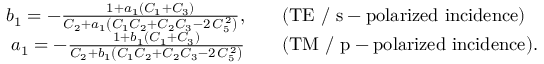
\begin{array} { r l } { b _ { 1 } = - \frac { 1 + a _ { 1 } \left( C _ { 1 } + C _ { 3 } \right) } { C _ { 2 } + a _ { 1 } \left( C _ { 1 } C _ { 2 } + C _ { 2 } C _ { 3 } - 2 \, C _ { 5 } ^ { \, 2 } \right) } , \quad } & { \mathrm { ( T E ~ / ~ s - p o l a r i z e d ~ i n c i d e n c e ) } } \\ { a _ { 1 } = - \frac { 1 + b _ { 1 } \left( C _ { 1 } + C _ { 3 } \right) } { C _ { 2 } + b _ { 1 } \left( C _ { 1 } C _ { 2 } + C _ { 2 } C _ { 3 } - 2 \, C _ { 5 } ^ { \, 2 } \right) } \quad } & { \mathrm { ( T M ~ / ~ p - p o l a r i z e d ~ i n c i d e n c e ) } . } \end{array}